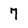
Character: 7